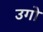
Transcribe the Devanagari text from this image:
उगो